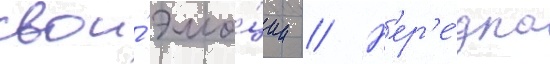
свои́ эмо́ции // Н'ер'е́дко